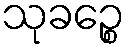
သုခဉ္စေ